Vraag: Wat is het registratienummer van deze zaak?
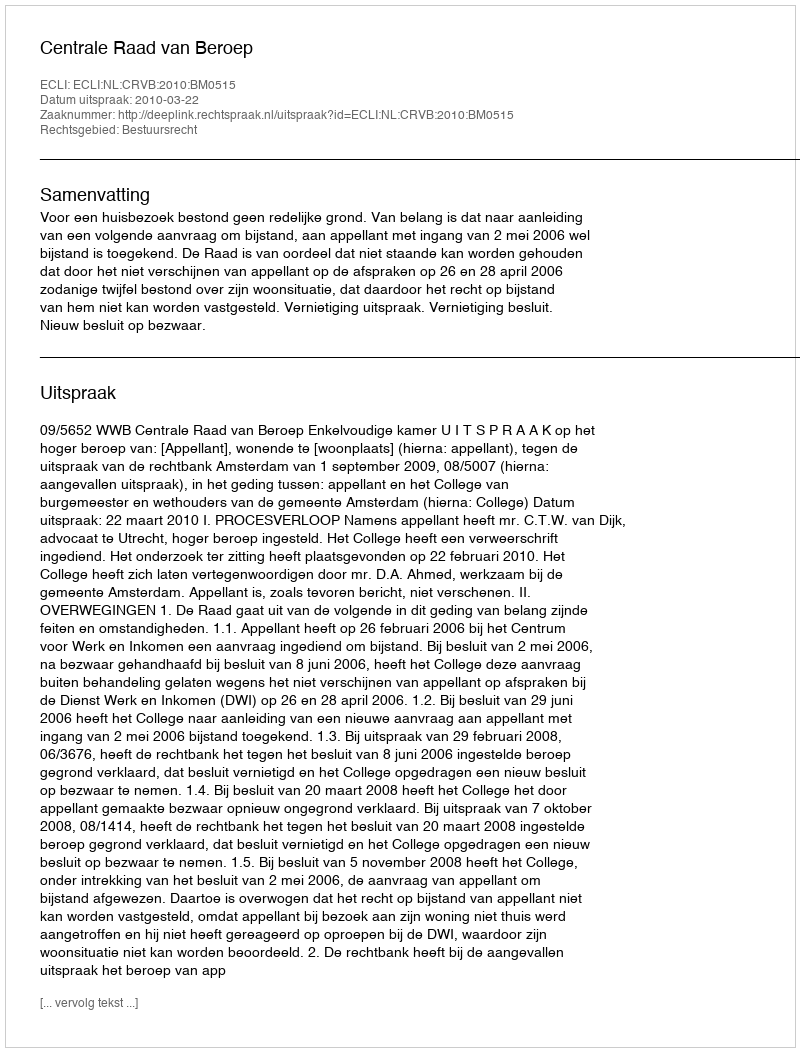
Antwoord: http://deeplink.rechtspraak.nl/uitspraak?id=ECLI:NL:CRVB:2010:BM0515